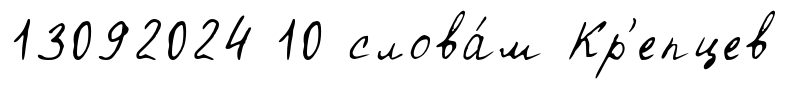
13092024 10 слова́м Кр'епцев